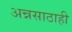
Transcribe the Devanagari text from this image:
अन्नसाठाही